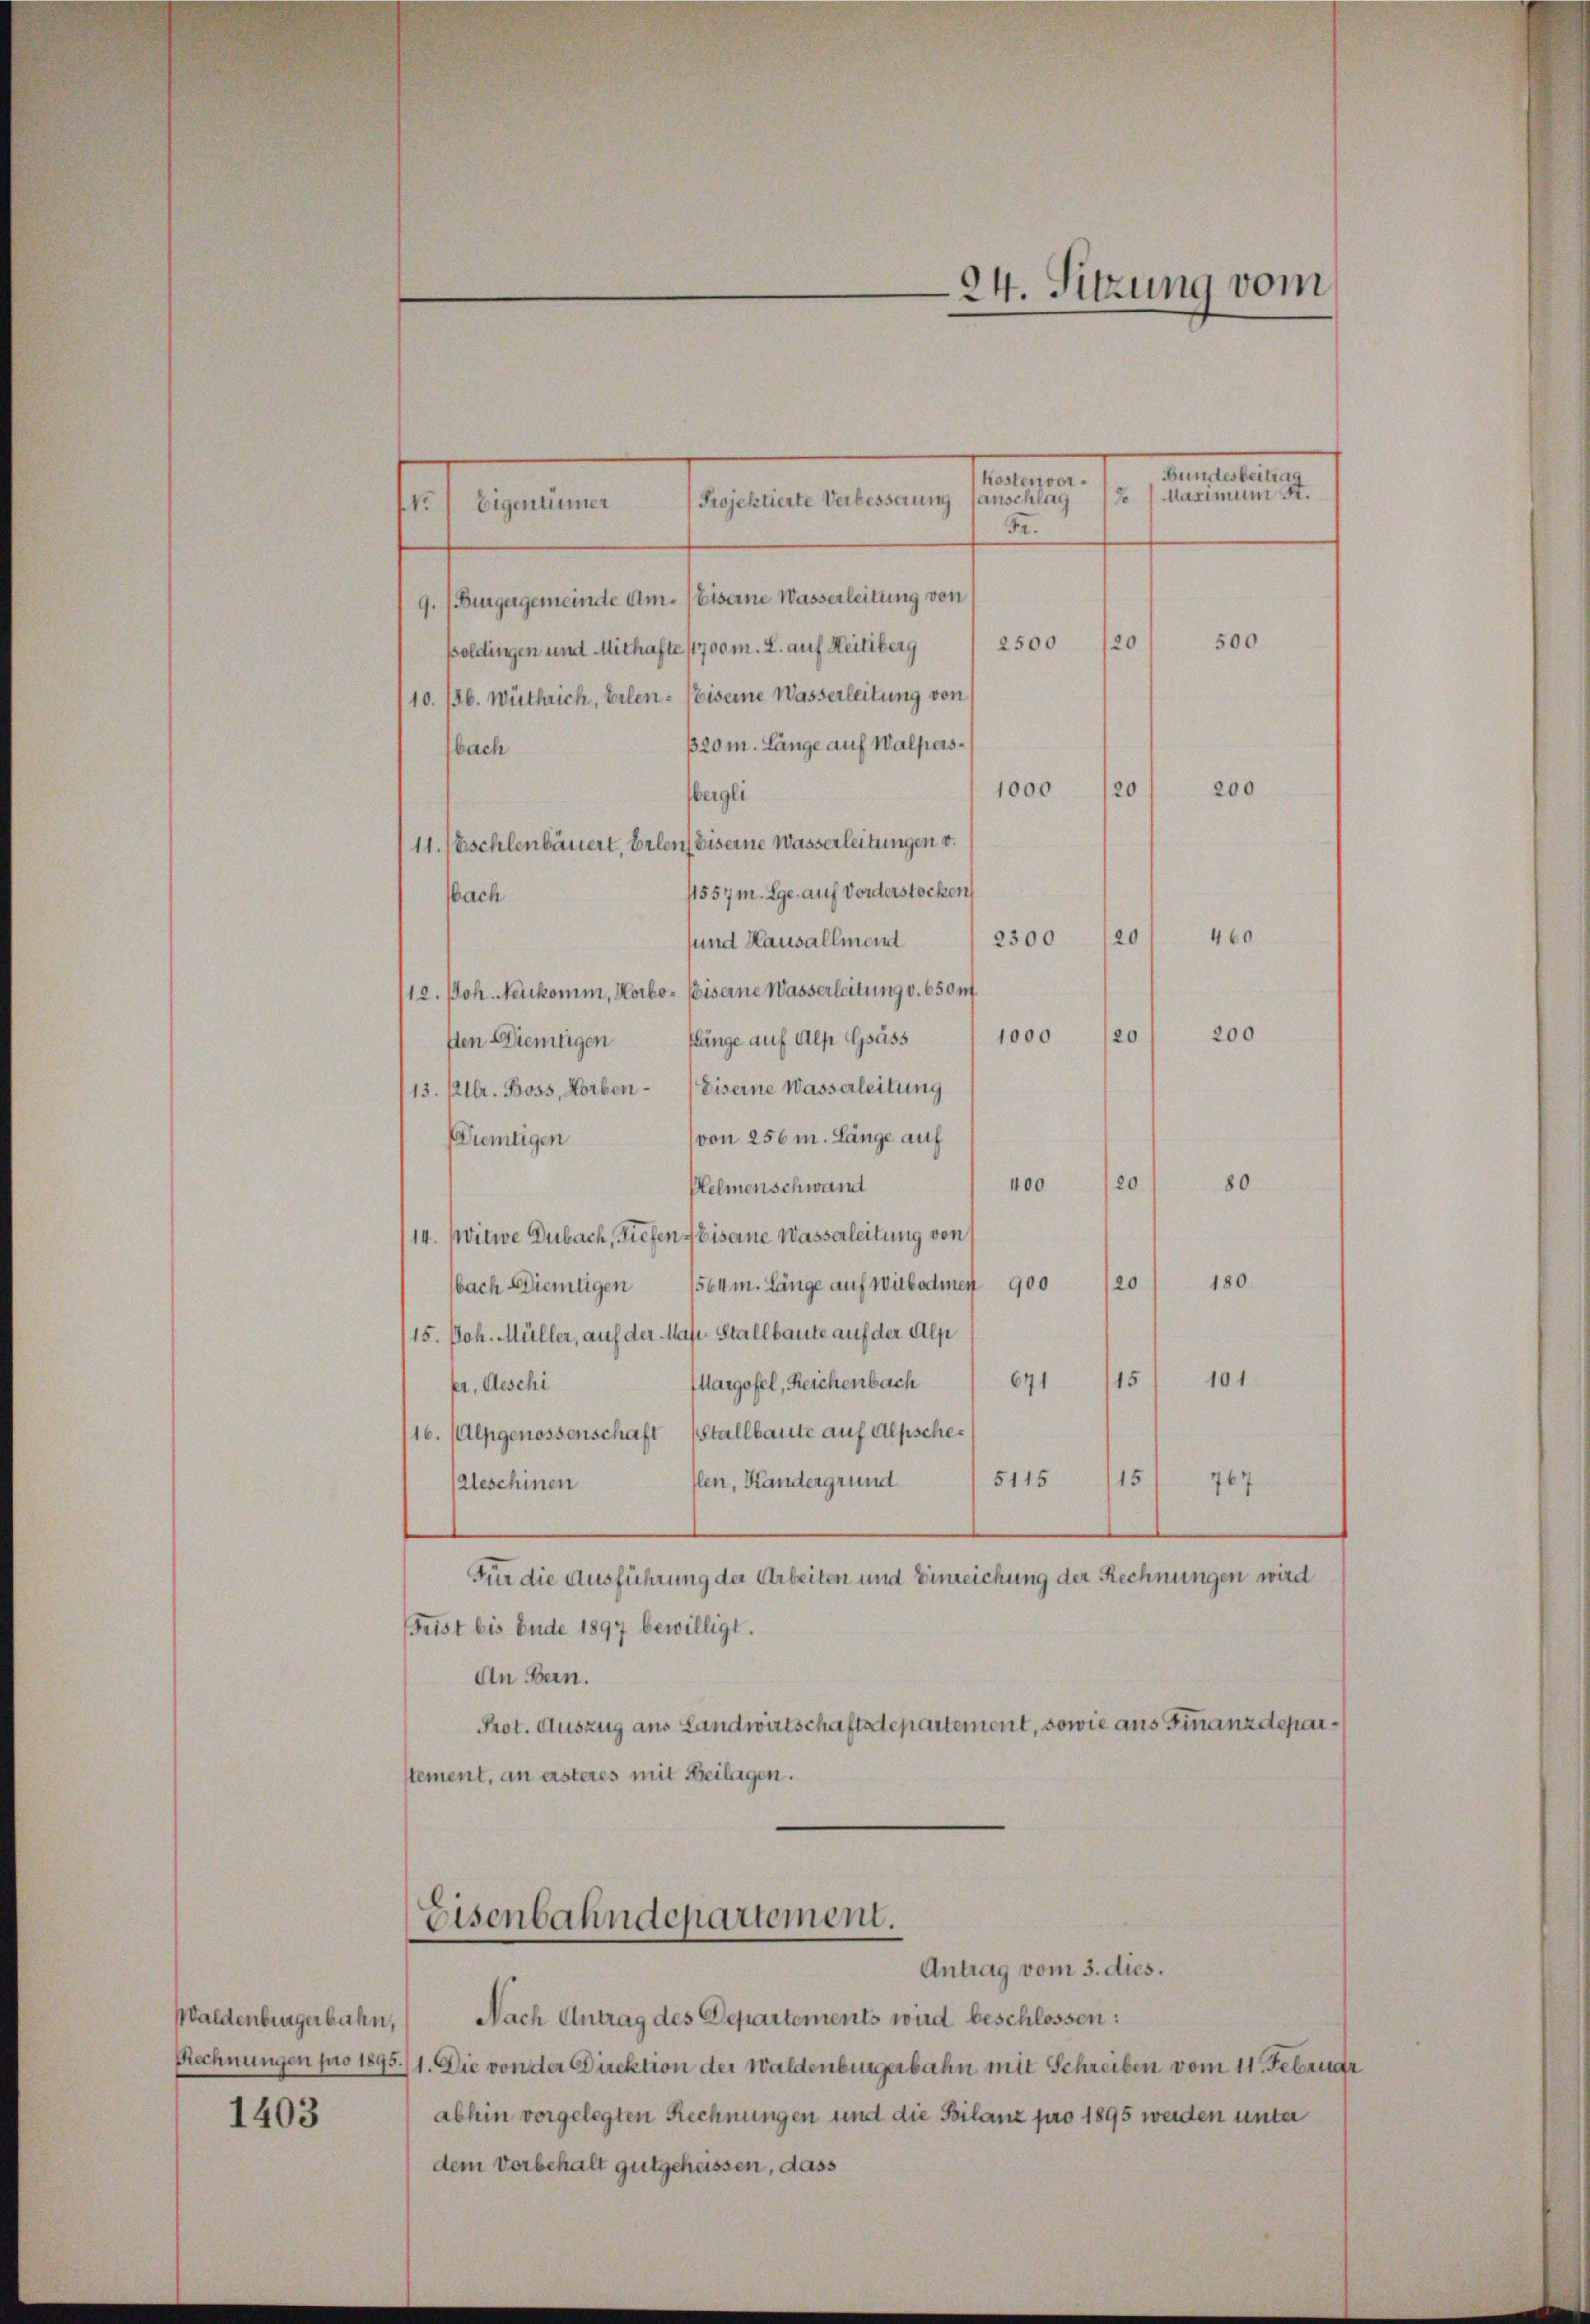
Waldenburgerbahn,
1403

Kostenvoranschlag
Projektierte Verbesserung
te
Eigentümer
Fr.
9. (Burgergemeinde Am. (Eiserne Wasserleitung von
20
500
2500
poldingen und Mithafte 11700 m. L. auf Heiliberg
10. 136. Wüthrich, Erlen-Weiseine Wasserleitung von
320 m. Länge auf Walpersbach
200
1000
20
bergli
11. Neschlenbauert, Erlen Eiserne Wasserleitungen v.
11557 m. Ege. auf Vorderstocken
Nach
20
460
2300
sund Kausallmend
12. Joh. Neukomm, Horbo- Eiserne Wasserleitung v. 650 ff.
200
20
1000
ften Dieneigen länge auf Alp Gsäss
13. Mltr. Boss, Horben Eiserne Wasserleitung
von 256 m. Länge auf
Wiemtigen
80
120
400
Helmenschwand
14. Witwe Dubach, Tiefen Eiserne Wasserleitung von
20
180
bach Dientigen 1564m. Länge auf Witbodmer 900
115. Joh. Müller, auf der Mas- Stallbaute auf der Alp
15
101
Margofel, Reichenbach
671
fer, Aeschi
16. (Alpgenossenschaft Stallbaute auf Alpsche¬
15
5115
flen, Kandergrund
Aleschinen
767
Für die Ausführung der Arbeiten und Einreichung der Rechnungen wird
Frist bis Ende 1897 bewilligt.
An Bern.
Prot. Auszug aus Landwirtschaftsdepartement, sowie aus Finanzdeparstement, an ersteres mit Beilagen.

Eisenbahndepartement.
Antrag vom 3. dies.

24. Sitzung vom

Maximum St.

Bundesbeitrag

Nach Antrag des Departements wird beschlossen:
Rechnungen pro 1895./1. Die von der Direktion der Waldenburgerbahn mit Schreiben vom 11. Februar
abhin vorgelegten Rechnungen und die Bilanz pro 1895 weiden unter
dem Vorbehalt gutgeheissen, dass